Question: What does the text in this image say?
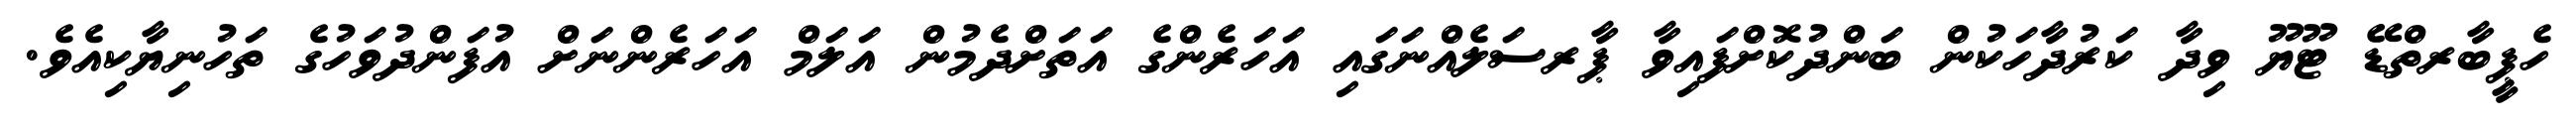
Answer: ހެޕީބާރތްޑޭ ޓޫޔޫ ވިދާ ކަރުދާހަކުން ބަންދުކޮށްފައިވާ ޕާރސަލެއްނަގައި އަހަރެންގެ އަތަށްދެމުން އަލަމް އަހަރެންނަށް އުފަންދުވަހުގެ ތަހުނިޔާކިއެވެ.